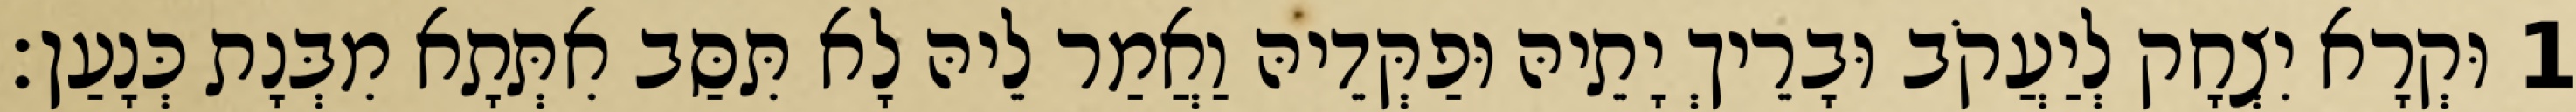
1 וּקְרָא יִצְחָק לְיַעֲקֹב וּבָרֵיךְ יָתֵיהּ וּפַקְּדֵיהּ וַאֲמַר לֵיהּ לָא תִּסַּב אִתְּתָא מִבְּנָת כְּנָעַן׃